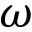
\omega